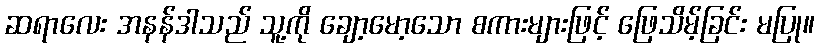
ဆရာလေး အနန်ဒါသည် သူ့ကို ချော့မော့သော စကားများဖြင့် ဖြေသိမ့်ခြင်း မပြု။